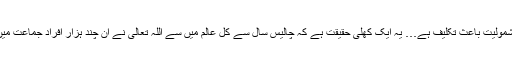
اس اہم قومی اجتماع کے موقعہ پر ظاہری عدم شمولیت باعث تکلیف ہے… یہ ایک کھلی حقیقت ہے کہ چالیس سال سے کُل عالم میں سے اللہ تعالیٰ نے ان چند ہزار افراد جماعت میں تبلیغ اسلام کا حقیقی اور سچا جذبہ پیدا کیا ہے۔